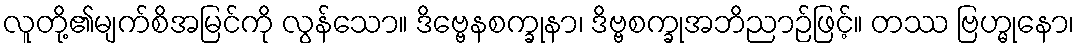
လူတို့၏မျက်စိအမြင်ကို လွန်သော။ ဒိဗ္ဗေနစက္ခုနာ၊ ဒိဗ္ဗစက္ခုအဘိညာဉ်ဖြင့်။ တဿ ဗြဟ္မုနော၊